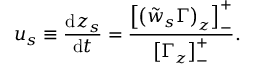
u _ { s } \equiv \frac { \mathrm { d } z _ { s } } { \mathrm { d } t } = \frac { \left[ \left( \tilde { w } _ { s } \Gamma \right) _ { z } \right] _ { - } ^ { + } } { \left[ \Gamma _ { z } \right] _ { - } ^ { + } } .